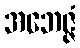
အဘေဇ္ဇံ